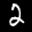
Label: 2